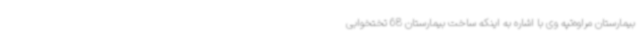
بیمارستان مراوه‌تپه وی با اشاره به اینکه ساخت بیمارستان 68 تختخوابی